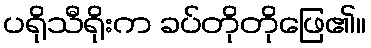
ပရိုသီရိုးက ခပ်တိုတိုဖြေ၏။